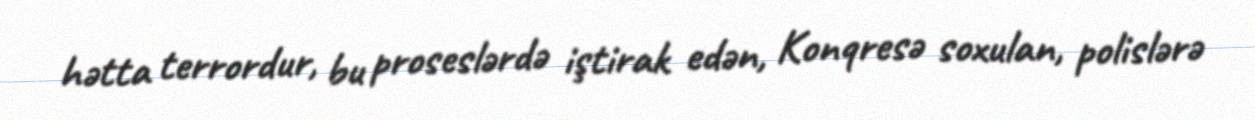
hətta terrordur, bu proseslərdə iştirak edən, Konqresə soxulan, polislərə